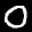
Label: 0